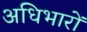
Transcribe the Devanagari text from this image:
अधिभारों